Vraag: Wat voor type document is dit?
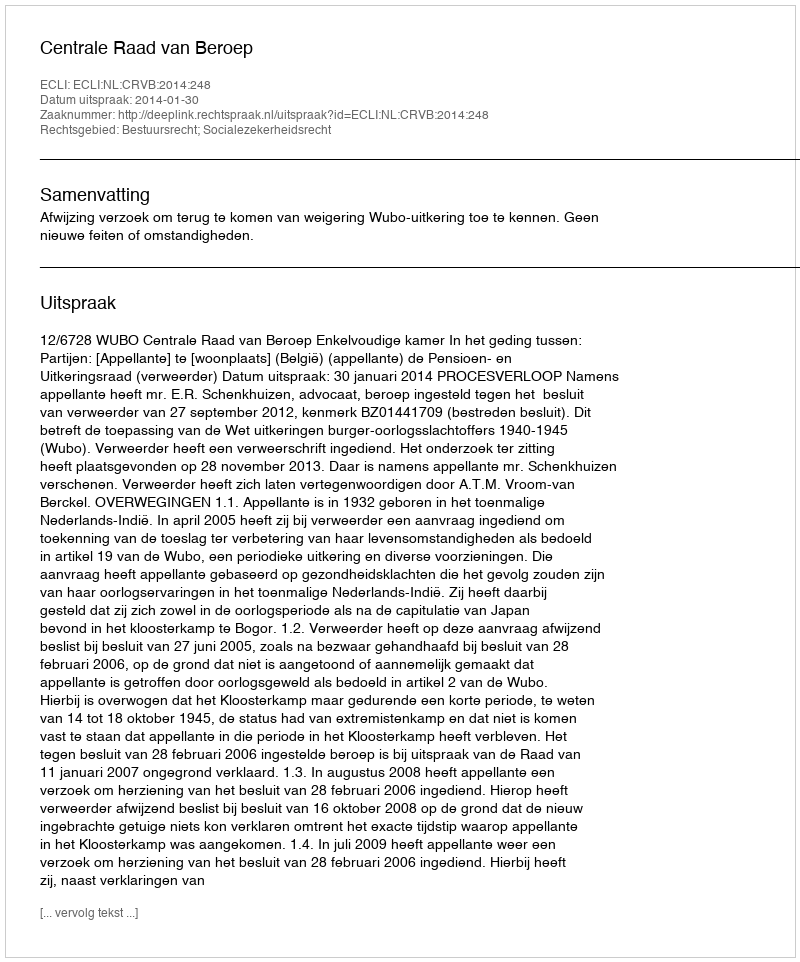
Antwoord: Uitspraak